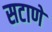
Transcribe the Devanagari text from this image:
सटाणे